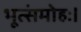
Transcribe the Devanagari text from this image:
भूत्संमोहः।